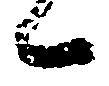
候